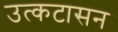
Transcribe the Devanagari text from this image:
उत्कटासन